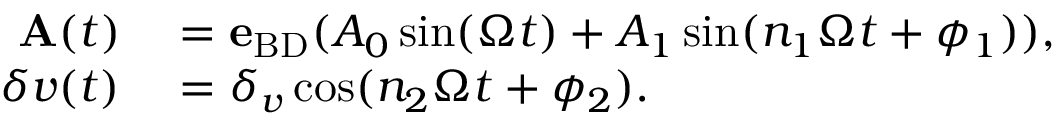
\begin{array} { r l } { { \bf A } ( t ) } & { { } = { \bf e } _ { \mathrm { B D } } ( A _ { 0 } \sin ( \Omega t ) + A _ { 1 } \sin ( n _ { 1 } \Omega t + \phi _ { 1 } ) ) , } \\ { \delta v ( t ) } & { { } = \delta _ { v } \cos ( n _ { 2 } \Omega t + \phi _ { 2 } ) . } \end{array}